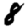
Digit: 8